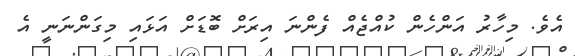
އެވެ. މިހާރު އަންހެން ކުއްޖެއް ފެންނަ އިރަށް ބޮޑަށް އަޅައި މިގަންނަނީ އެ